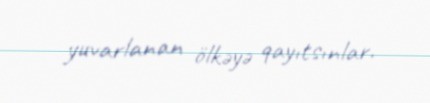
yuvarlanan ölkəyə qayıtsınlar.